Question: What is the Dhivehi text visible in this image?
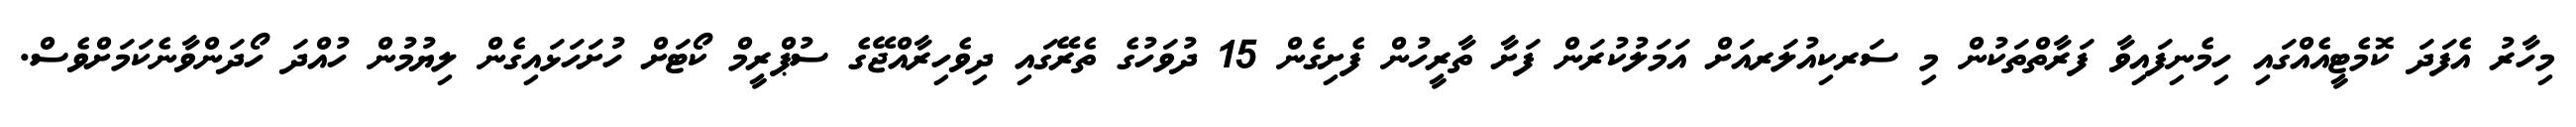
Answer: މިހާރު އެފަދަ ކޮމެޓީއެއްގައި ހިމެނިފައިވާ ފަރާތްތަކުން މި ސަރކިއުލަރއަށް އަމަލުކުރަން ފަށާ ތާރީހުން ފެށިގެން 15 ދުވަހުގެ ތެރޭގައި ދިވެހިރާއްޖޭގެ ސުޕްރީމް ކޯޓަށް ހުށަހަޅައިގެން ލިޔުމުން ހުއްދަ ހޯދަންވާނެކަމަށްވެސް.